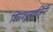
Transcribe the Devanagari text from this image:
शिरशूलवर्जिनी